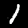
Digit: 1